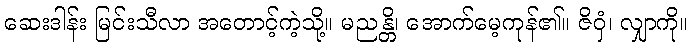
ဆေးဒါန်း မြင်းသီလာ အတောင့်ကဲ့သို့။ မညန္တိ၊ အောက်မေ့ကုန်၏။ ဇိဝှံ၊ လျှာကို။